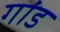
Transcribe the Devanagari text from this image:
गांड